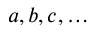
a , b , c , \ldots